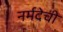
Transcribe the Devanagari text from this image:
नर्मदेची